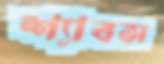
শ্যাবস